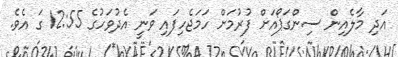
އަދި މާލެއިން ސިންގަޕޯއަށް ފުރުމަށް ހަމަޖެހިފައި ވަނީ އެދުވަހުގެ 12:55 ގަ އެވެ.